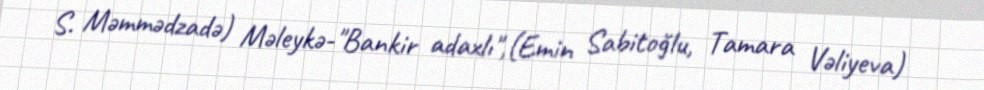
S. Məmmədzadə) Məleykə-"Bankir adaxlı",(Emin Sabitoğlu, Tamara Vəliyeva)